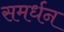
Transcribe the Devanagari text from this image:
समर्धन